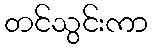
တင်သွင်းကာ